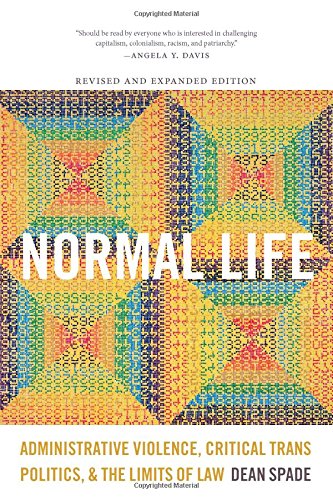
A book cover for Normal Life: Administrative Violence, Critical Trans Politics, and the Limits of Law; Dean Spade; Gay & Lesbian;